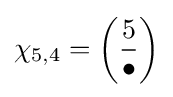
\chi _{5,4}=\left({\frac {5}{\bullet }}\right)